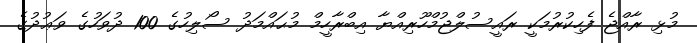
މުޅި ރާއްޖެ ފެހިކުރުމަކީ ރައީސުލްޖުމްހޫރިއްޔާ އިބްރާހީމް މުޙައްމަދު ސޯލިހުގެ 100 ދުވަހުގެ ވަޢުދުގެ